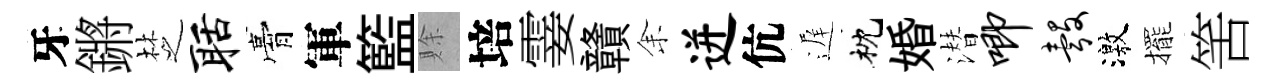
牙鏘椘聒膏軍籃賖培霎贛𪜬迸伉遅枕婚潜唧彀激擺筈